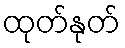
ထုတ်နုတ်